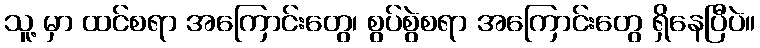
သူ့ မှာ ထင်စရာ အကြောင်းတွေ၊ စွပ်စွဲစရာ အကြောင်းတွေ ရှိနေပြီပဲ။